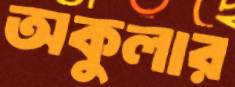
অকুলার